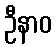
ဦနာဝ